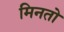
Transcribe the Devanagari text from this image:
मिनतो